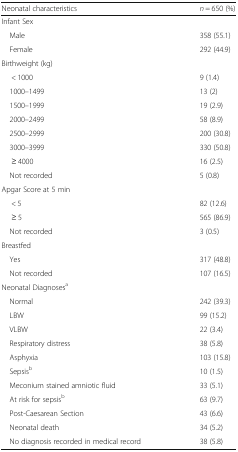
| Neonatal characteristics | n = 650 (%) |
 | --- | --- |
 | <COLSPAN=2> Infant Sex |
 | Male | 358 (55.1) |
 | Female | 292 (44.9) |
 | <COLSPAN=2> Birthweight (kg) |
 | < 1000 | 9 (1.4) |
 | 1000–1499 | 13 (2) |
 | 1500–1999 | 19 (2.9) |
 | 2000–2499 | 58 (8.9) |
 | 2500–2999 | 200 (30.8) |
 | 3000–3999 | 330 (50.8) |
 | ≥ 4000 | 16 (2.5) |
 | Not recorded | 5 (0.8) |
 | <COLSPAN=2> Apgar Score at 5 min |
 | < 5 | 82 (12.6) |
 | ≥ 5 | 565 (86.9) |
 | Not recorded | 3 (0.5) |
 | <COLSPAN=2> Breastfed |
 | Yes | 317 (48.8) |
 | Not recorded | 107 (16.5) |
 | <COLSPAN=2> Neonatal Diagnosesa |
 | Normal | 242 (39.3) |
 | LBW | 99 (15.2) |
 | VLBW | 22 (3.4) |
 | Respiratory distress | 38 (5.8) |
 | Asphyxia | 103 (15.8) |
 | Sepsisb | 10 (1.5) |
 | Meconium stained amniotic fluid | 33 (5.1) |
 | At risk for sepsisb | 63 (9.7) |
 | Post-Caesarean Section | 43 (6.6) |
 | Neonatal death | 34 (5.2) |
 | No diagnosis recorded in medical record | 38 (5.8) |